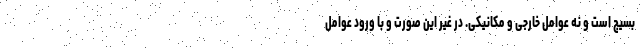
بسیج است و نه عوامل خارجی و مکانیکی. در غیر این صورت و با ورود عوامل